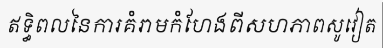
ឥទ្ធិពលនៃការគំរាមកំហែងពីសហភាពសូវៀត